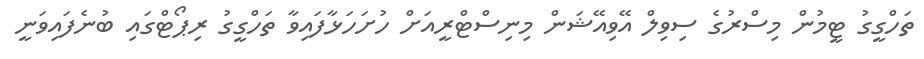
ތަހްގީގު ޓީމުން މިސްރުގެ ސިވިލް އޭވިއޭޝަން މިނިސްޓްރީއަށް ހުށަހަޅާފައިވާ ތަހްގީގު ރިޕޯޓްގައި ބުނެފައިވަނީ